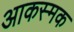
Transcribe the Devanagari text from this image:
आकस्मक